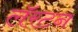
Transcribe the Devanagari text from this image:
लॅरटन